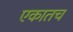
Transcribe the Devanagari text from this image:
एकातच